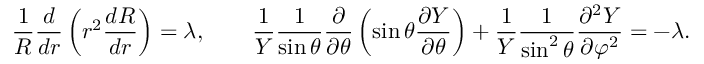
{ \frac { 1 } { R } } { \frac { d } { d r } } \left( r ^ { 2 } { \frac { d R } { d r } } \right) = \lambda , \qquad { \frac { 1 } { Y } } { \frac { 1 } { \sin \theta } } { \frac { \partial } { \partial \theta } } \left( \sin \theta { \frac { \partial Y } { \partial \theta } } \right) + { \frac { 1 } { Y } } { \frac { 1 } { \sin ^ { 2 } \theta } } { \frac { \partial ^ { 2 } Y } { \partial \varphi ^ { 2 } } } = - \lambda .